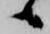
候